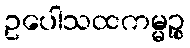
ဥပေါသထကမ္မဉ္စ